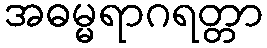
အဓမ္မရာဂရတ္တာ